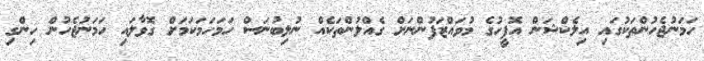
ހަމަނުޖެހުންތަކުގައި އިލެކްޝަން އޮފީހުގެ މުވައްޒަފުންނަށް ގެއްލުންތަކެއް ނުލިބުނަސް ހަމަހަމަކަމަށް ގޮވާލައި ހަމަނުޖެހުން ހިންގި